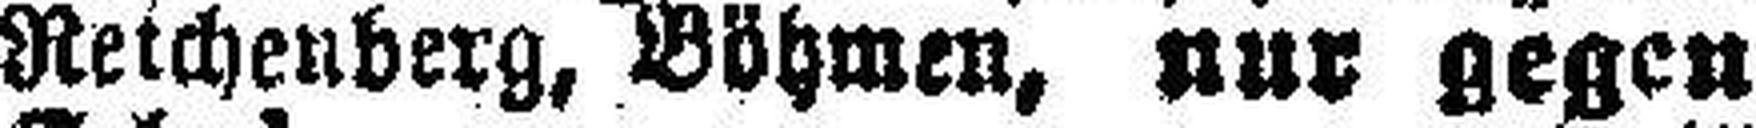
Reichenberg, Böhmen, nur gegen